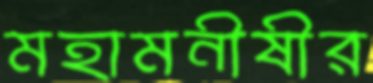
মহামনীষীর